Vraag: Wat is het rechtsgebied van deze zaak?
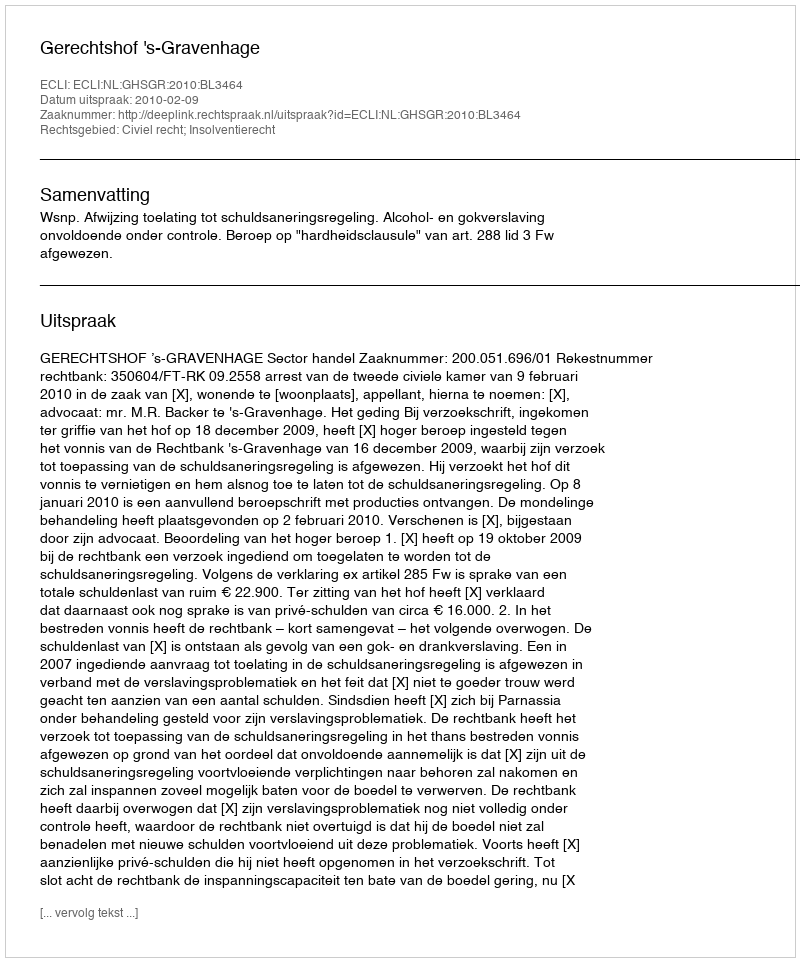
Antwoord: Civiel recht; Insolventierecht